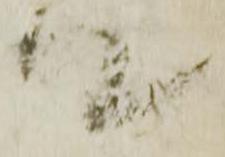
て